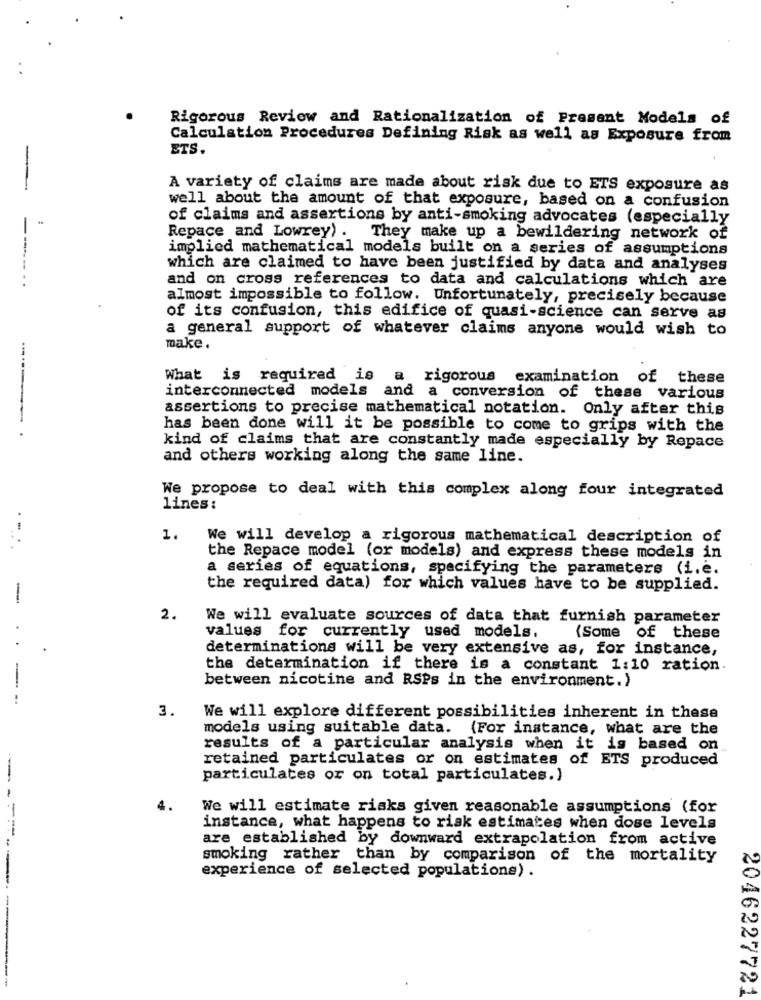
Rigorous Review and Rationalization of Present Models of
Calculation Procedures Defining Risk as well as Exposure from
ETS.
A variety of claims are made about risk due to ETS exposure as
well about the amount of that exposure, based on a confusion
of claims and assertions by anti-smoking advocates (especially
Repace and Lowrey) . They make up a bewildering network of
implied mathematical models built on a series of assumptions
------
which are claimed to have been justified by data and analyses
and on cross references to data and calculations which are
almost impossible to follow. Unfortunately, precisely because
of its confusion, this edifice of quasi-science can serve as
a general support of whatever claims anyone would wish to
make.
What is required is a rigorous examination of these
interconnected models and a conversion of these various
assertions to precise mathematical notation. Only after this
has been done will it be possible to come to grips with the
kind of claims that are constantly made especially by Repace
and others working along the same line.
We propose to deal with this complex along four integrated
lines :
-
1.
We will develop a rigorous mathematical description of
the Repace model (or models) and express these models in
a series of equations, specifying the parameters (i.e.
the required data) for which values have to be supplied.
-
2.
We will evaluate sources of data that furnish parameter
values for currently used models.
(Some of these
determinations will be very extensive as, for instance,
the determination if there is a constant 1:10 ration.
between nicotine and RSPs in the environment.)
3.
We will explore different possibilities inherent in these
models using suitable data. {For instance, what are the
results of a particular analysis when it is based on
retained particulates or on estimates of ETS produced
particulates or on total particulates.)
-
4.
We will estimate risks given reasonable assumptions (for
instance, what happens to risk estimates when dose levels
are established by downward extrapolation from active
smoking rather than by comparison of the mortality
experience of selected populations) .
-----
2046227721